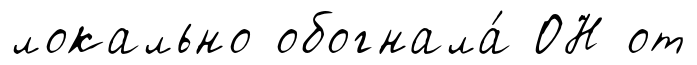
локально обогнала́ ОН от